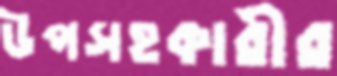
উপসহকারীর